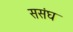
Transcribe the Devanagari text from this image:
ससंघ